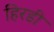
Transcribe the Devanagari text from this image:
हिरडी